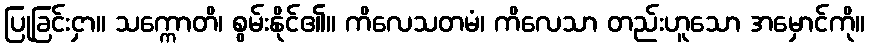
ပြုခြင်းငှာ။ သက္ကောတိ၊ စွမ်းနိုင်၏။ ကိလေသတမံ၊ ကိလေသာ တည်းဟူသော အမှောင်ကို။